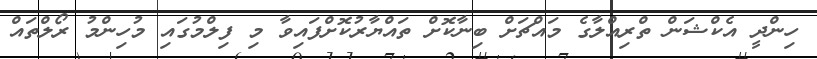
ހިންދީ އެކްޝަން ތްރިއްލާގެ މައްޗަށް ބިނާކޮށް ތައްޔާރުކޮށްފައިވާ މި ފިލްމުގައި މުހިންމު ރޯލްތައް